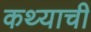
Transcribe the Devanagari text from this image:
कथ्याची